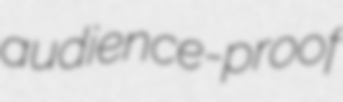
audience-proof